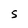
Character: s